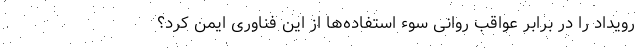
رویداد را در برابر عواقب روانی سوء استفاده‌ها از این فناوری ایمن کرد؟